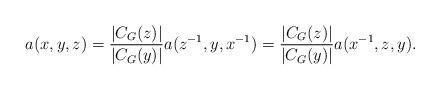
LaTeX: \begin{align*}a(x,y,z)=\frac{|C_G(z)|}{|C_G(y)|}a(z^{-1},y,x^{-1})=\frac{|C_G(z)|}{|C_G(y)|}a(x^{-1},z,y).\end{align*}